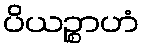
ပိယဉ္စာဟံ